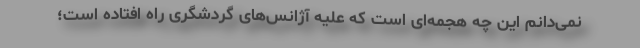
نمی‌دانم این چه هجمه‌ای است که علیه آژانس‌های گردشگری راه افتاده است؛